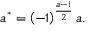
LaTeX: a ^ { * } = \left( - 1 \right) ^ { \frac { a - 1 } { 2 } } a .